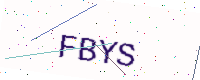
Text: FBYS